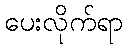
ပေးလိုက်ရာ